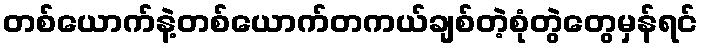
တစ်ယောက်နဲ့တစ်ယောက်တကယ်ချစ်တဲ့စုံတွဲတွေမှန်ရင်